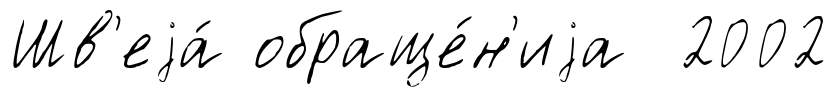
Шв'еjа́ обраще́н'иjа 2002